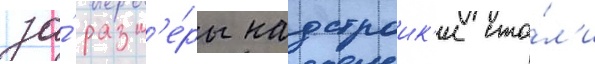
за́ разм'е́ры надстроик'и ста́л'и